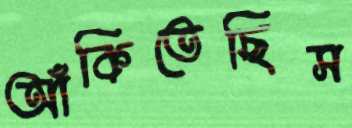
আঁকিতেছিস